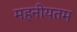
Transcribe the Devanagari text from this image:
महनीयतम